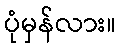
ပုံမှန်လား။